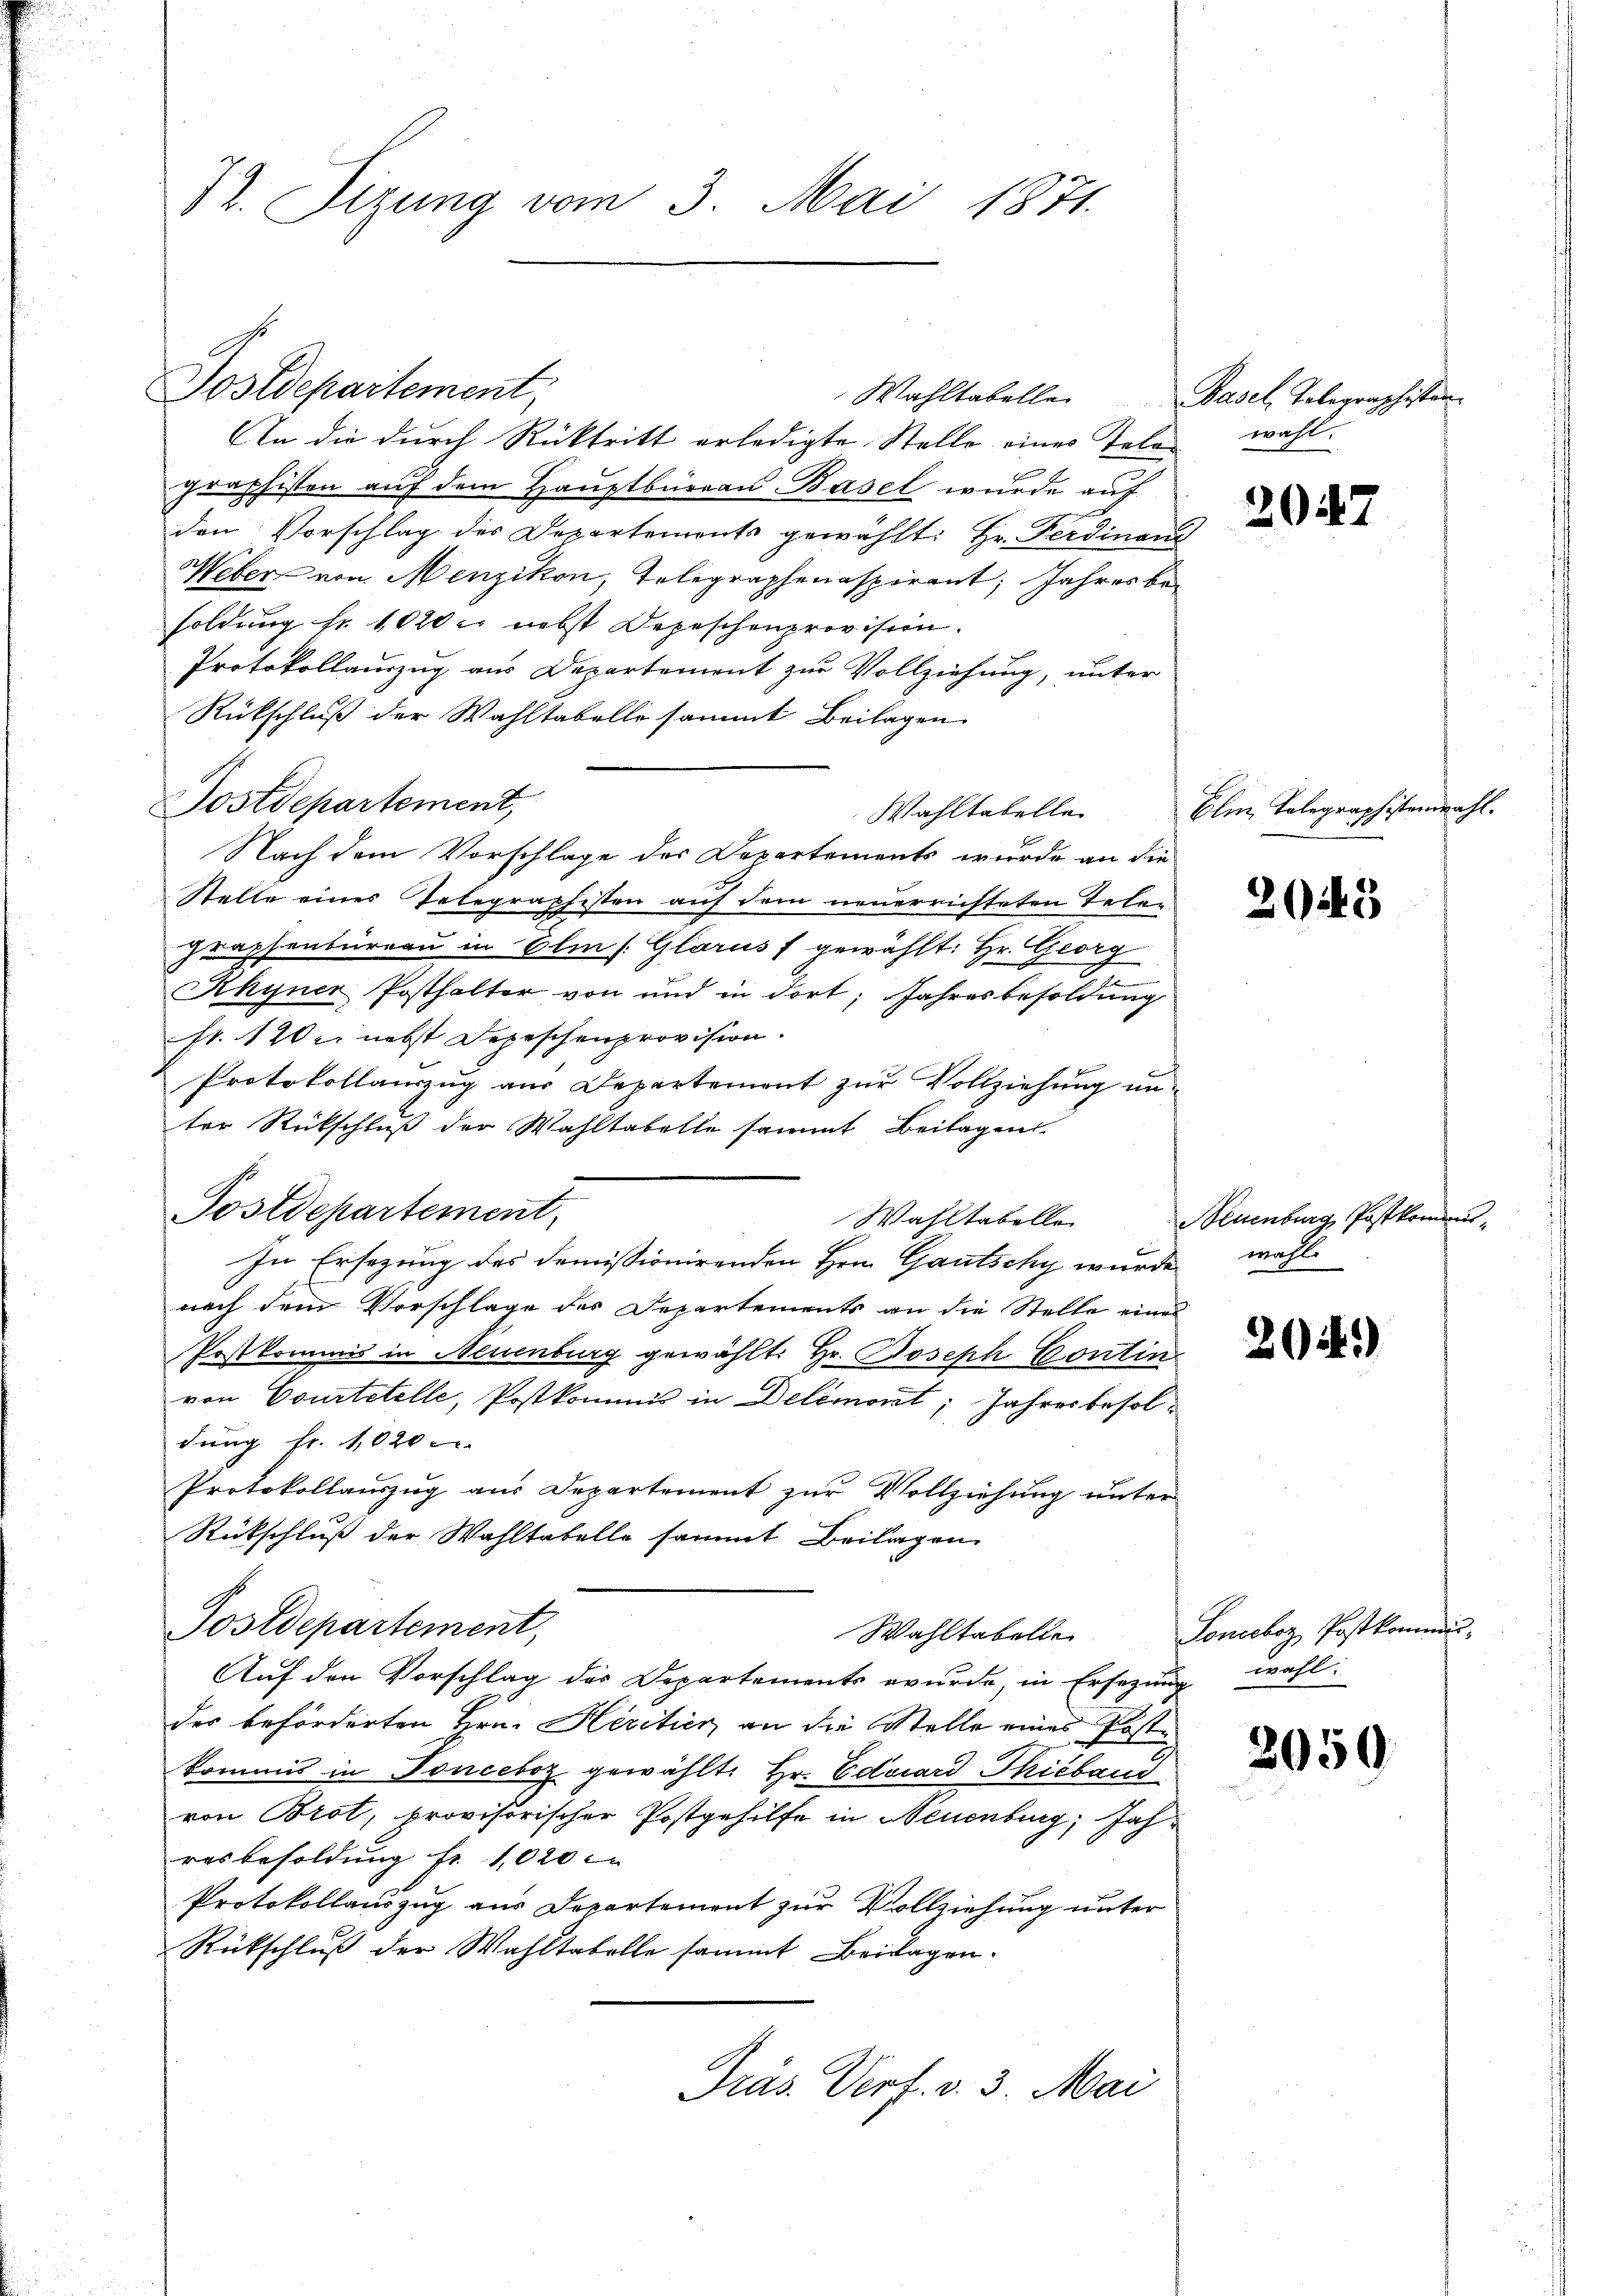
82. Sizung vom 3. Mai 1871.

Postdepartement,

Wahltabelle
An die durch Rücktritt erledigte Stelle eines Telen wohl.
graphisten auf dem Hauptbüreau Basel wurde auf
den Vorschlag des Departements gewählt: Hr. Ferdinanz
Weber, von Menzikon, Telegraphenaspirant, Jahres besoldung fr. 1020 c. nebst Depeschenprovision.
Protokollauszug aus Departement zur Vollziehung, unter
Rückschluß der Wahltabelli sammt Beilagen
Postdepartement,
Wahltabelle
Nach dem Vorschlage des Departements wurde an die
Stelle eines Telegraphisten auf dem neuerrichteten Telen
Praphenbureau in Elm /: Glarus f gewählt: Hr. Georg
Khyner Posthalter von und in dort, Jahresbesoldung
fr. 120. nebst Depeschenprovision.
Protokollauszug aus Departement zur Vollziehung unter Rückschluß der Wahltabelle sammt Beilagen
Postdepartement,
Wahltabelle
In Ersezung des demissionirenden Hrn. Gautschy wurde wohl
nach dem Vorschlage des Departements an die Stelle eines
Postkommis in Neuenburg gewählt: Hr. Joseph Contin
von Courtstelle, Postkommis in Delémont, Jahresbesoldung fr. 1020
Protokollauszug aus Departement zur Vollziehung unter
Rückschluß der Wahltabelle sammt Beilagen
Postdepartement,
Wahltabelle
Auf den Vorschlag des Departements wurde, in Ersezung wahl:
des beförderten Hrn. Heritier, an die Stelle eines Poste
kommis in Ponceboz gewählt: Hr. Eduard Phicband
von Brot, provisorischer Postgehilfe in Neuenburg, Jahresbesoldung fr. 1020
Protokollauszug aus Departement zur Vollziehung unter
Rückschluß der Wahltabelle sammt Beilagen.
Präs. Verf. v. 3. Mai

Basel, Tolegraphistan¬

2047

Elm Telegraphistenwahl.

2043

Neuenburg, Postkommnus,

204.)

Tonceboz Postkommu¬

2050